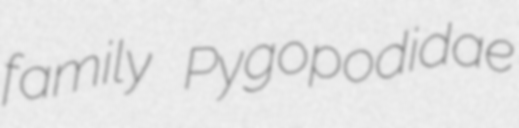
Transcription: family Pygopodidae